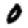
Digit: 0